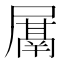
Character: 𭕰